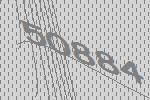
50884